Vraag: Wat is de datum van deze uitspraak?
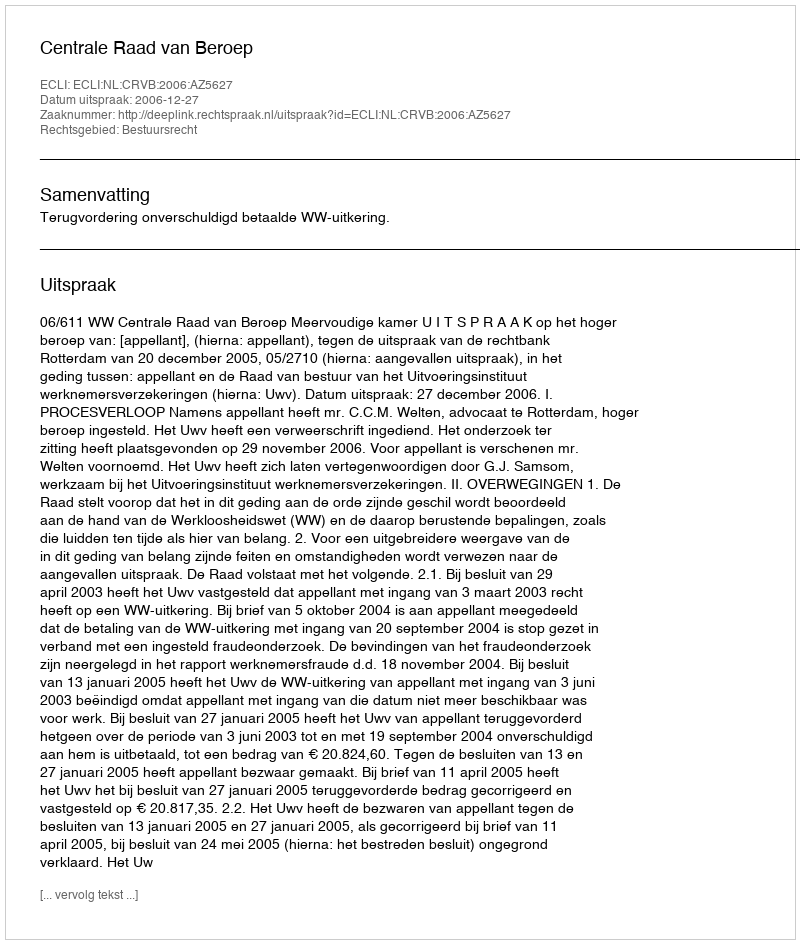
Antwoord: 2006-12-27